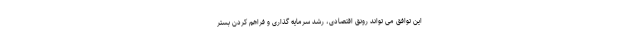
این توافق می تواند رونق اقتصادی، رشد سرمایه گذاری و فراهم کردن بستر